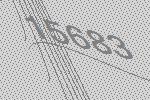
15683